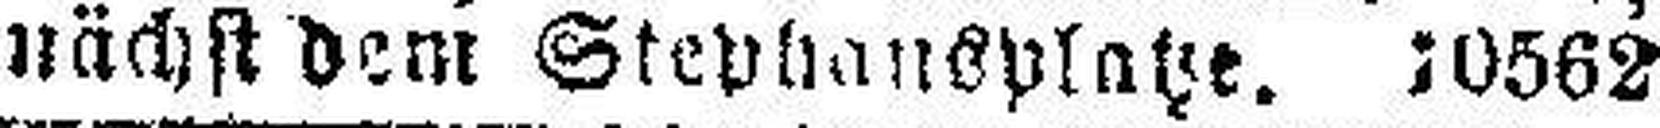
nächst dem Stephansplatze. 10562